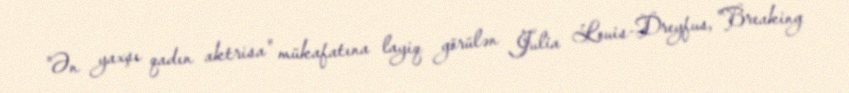
"Ən yaxşı qadın aktrisa" mükafatına layiq görülən Julia Louis-Dreyfus, "Breaking